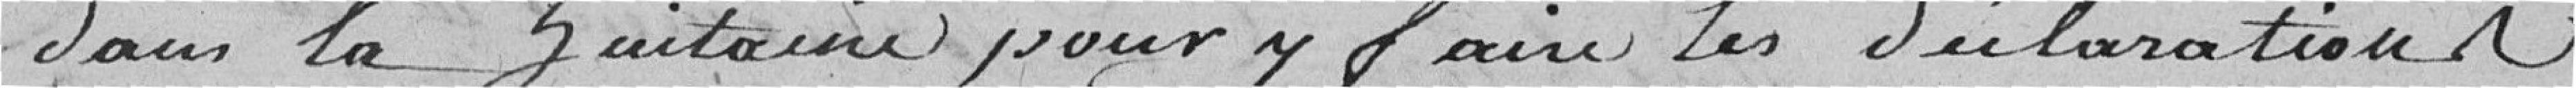
dans la huitaine pour faire les déclarations